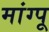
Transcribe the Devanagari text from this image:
मांग्पू